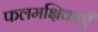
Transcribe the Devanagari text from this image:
फलमक्षिकाएँ